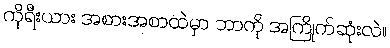
ကိုရီးယား အစားအစာထဲမှာ ဘာကို အကြိုက်ဆုံးလဲ။